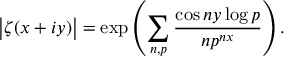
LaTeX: { \big | } \zeta ( x + i y ) { \big | } = \exp \left( \sum _ { n , p } { \frac { \cos n y \log p } { n p ^ { n x } } } \right) .